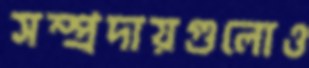
সম্প্রদায়গুলোও